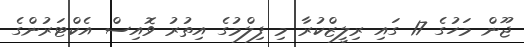
ޖޫން މަހުގެ 17 ގައި ރިލީޒްކުރާ މި ފިލްމުގެ އިތުރު ވޮއިސް އެކްޓަރުންގެ